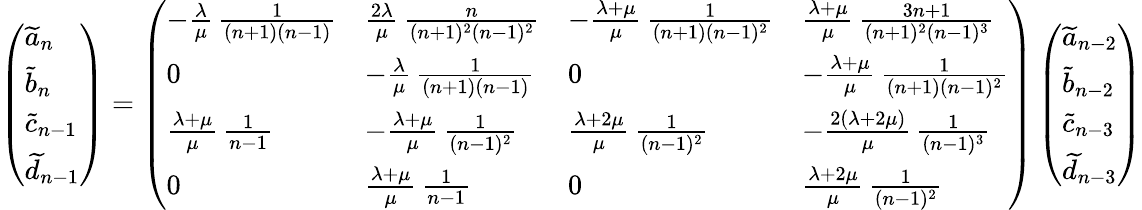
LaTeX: \left(\begin{array}{l}{\widetilde a_{n}}\\ {\widetilde b_{n}}\\ {\widetilde c_{n-1}}\\ {\widetilde d_{n-1}}\end{array}\right)=\left(\begin{array}{llll}{-\frac{\lambda}{\mu}\, \frac{1}{(n+1)(n-1)}}&{\frac{2\lambda}{\mu}\, \frac{n}{(n+1)^{2}(n-1)^{2}}}&{-\frac{\lambda+\mu}{\mu}\, \frac{1}{(n+1)(n-1)^{2}}}&{\frac{\lambda+\mu}{\mu}\, \frac{3n+1}{(n+1)^{2}(n-1)^{3}}}\\ {0}&{-\frac{\lambda}{\mu}\, \frac{1}{(n+1)(n-1)}}&{0}&{-\frac{\lambda+\mu}{\mu}\, \frac{1}{(n+1)(n-1)^{2}}}\\ {\frac{\lambda+\mu}{\mu}\, \frac{1}{n-1}}&{-\frac{\lambda+\mu}{\mu}\, \frac{1}{(n-1)^{2}}}&{\frac{\lambda+2\mu}{\mu}\, \frac{1}{(n-1)^{2}}}&{-\frac{2(\lambda+2\mu)}{\mu}\, \frac{1}{(n-1)^{3}}}\\ {0}&{\frac{\lambda+\mu}{\mu}\, \frac{1}{n-1}}&{0}&{\frac{\lambda+2\mu}{\mu}\, \frac{1}{(n-1)^{2}}}\end{array}\right)\left(\begin{array}{l}{\widetilde a_{n-2}}\\ {\widetilde b_{n-2}}\\ {\widetilde c_{n-3}}\\ {\widetilde d_{n-3}}\end{array}\right)